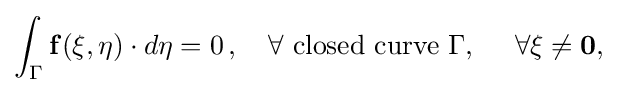
\int _{\Gamma }{\bf {f}}({\bf {\xi }},{\bf {\eta }})\cdot d{\bf {\eta }}=0\,,\quad \forall {\text{ closed curve }}\Gamma ,\ \ \ \ \forall {\bf {\xi }}\neq {\bf {{0},}}